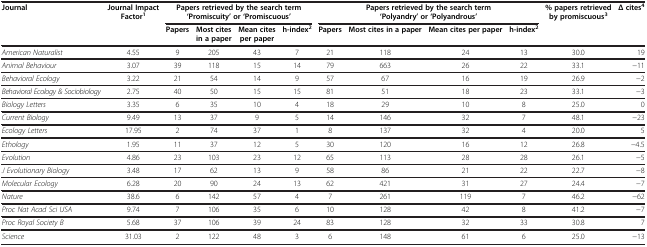
<table><thead><tr><td><b>Journal</b></td><td><b>Journal Impact Factor<sup>1</sup></b></td><td colspan="4"><b>Papers retrieved by the search term ‘Promiscuity’ or ‘Promiscuous’</b></td><td colspan="4"><b>Papers retrieved by the search term ‘Polyandry’ or ‘Polyandrous’</b></td><td><b>% papers retrieved by promiscuous<sup>3</sup></b></td><td><b>Δ cites<sup>4</sup></b></td></tr><tr><td><b> </b></td><td><b> </b></td><td><b>Papers</b></td><td><b>Most cites in a paper</b></td><td><b>Mean cites per paper</b></td><td><b>h-index<sup>2</sup></b></td><td><b>Papers</b></td><td><b>Most cites in a paper</b></td><td><b>Mean cites per paper</b></td><td><b>h-index<sup>2</sup></b></td><td><b> </b></td><td><b> </b></td></tr></thead><tbody><tr><td><i>American Naturalist</i></td><td>4.55</td><td>9</td><td>205</td><td>43</td><td>7</td><td>21</td><td>118</td><td>24</td><td>13</td><td>30.0</td><td>19</td></tr><tr><td><i>Animal Behaviour</i></td><td>3.07</td><td>39</td><td>118</td><td>15</td><td>14</td><td>79</td><td>663</td><td>26</td><td>22</td><td>33.1</td><td>−11</td></tr><tr><td><i>Behavioral Ecology</i></td><td>3.22</td><td>21</td><td>54</td><td>14</td><td>9</td><td>57</td><td>67</td><td>16</td><td>19</td><td>26.9</td><td>−2</td></tr><tr><td><i>Behavioral Ecology &amp; Sociobiology</i></td><td>2.75</td><td>40</td><td>50</td><td>15</td><td>15</td><td>81</td><td>51</td><td>18</td><td>23</td><td>33.1</td><td>−3</td></tr><tr><td><i>Biology Letters</i></td><td>3.35</td><td>6</td><td>35</td><td>10</td><td>4</td><td>18</td><td>29</td><td>10</td><td>8</td><td>25.0</td><td>0</td></tr><tr><td><i>Current Biology</i></td><td>9.49</td><td>13</td><td>37</td><td>9</td><td>5</td><td>14</td><td>146</td><td>32</td><td>7</td><td>48.1</td><td>−23</td></tr><tr><td><i>Ecology Letters</i></td><td>17.95</td><td>2</td><td>74</td><td>37</td><td>1</td><td>8</td><td>137</td><td>32</td><td>4</td><td>20.0</td><td>5</td></tr><tr><td><i>Ethology</i></td><td>1.95</td><td>11</td><td>37</td><td>12</td><td>5</td><td>30</td><td>120</td><td>16</td><td>12</td><td>26.8</td><td>−4.5</td></tr><tr><td><i>Evolution</i></td><td>4.86</td><td>23</td><td>103</td><td>23</td><td>12</td><td>65</td><td>113</td><td>28</td><td>28</td><td>26.1</td><td>−5</td></tr><tr><td><i>J Evolutionary Biology</i></td><td>3.48</td><td>17</td><td>62</td><td>13</td><td>9</td><td>58</td><td>86</td><td>21</td><td>22</td><td>22.7</td><td>−8</td></tr><tr><td><i>Molecular Ecology</i></td><td>6.28</td><td>20</td><td>90</td><td>24</td><td>13</td><td>62</td><td>421</td><td>31</td><td>27</td><td>24.4</td><td>−7</td></tr><tr><td><i>Nature</i></td><td>38.6</td><td>6</td><td>142</td><td>57</td><td>4</td><td>7</td><td>261</td><td>119</td><td>7</td><td>46.2</td><td>−62</td></tr><tr><td><i>Proc Nat Acad Sci USA</i></td><td>9.74</td><td>7</td><td>106</td><td>35</td><td>6</td><td>10</td><td>128</td><td>42</td><td>8</td><td>41.2</td><td>−7</td></tr><tr><td><i>Proc Royal Society B</i></td><td>5.68</td><td>37</td><td>106</td><td>39</td><td>24</td><td>83</td><td>128</td><td>32</td><td>33</td><td>30.8</td><td>7</td></tr><tr><td><i>Science</i></td><td>31.03</td><td>2</td><td>122</td><td>48</td><td>3</td><td>6</td><td>148</td><td>61</td><td>6</td><td>25.0</td><td>−13</td></tr></tbody></table>